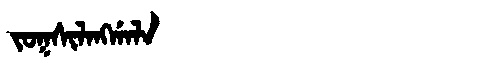
Manchu: ᠵᠣᡴᠰᡳᠯᠠᠩᡤᠠᠯᠠ
Romanization: JOKSILANGGALA